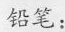
铅笔：